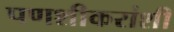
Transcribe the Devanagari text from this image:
पणशीकरांशी